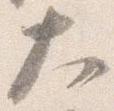
大